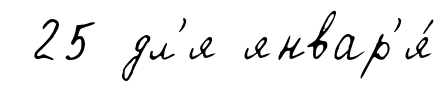
25 дл'я январ'я́